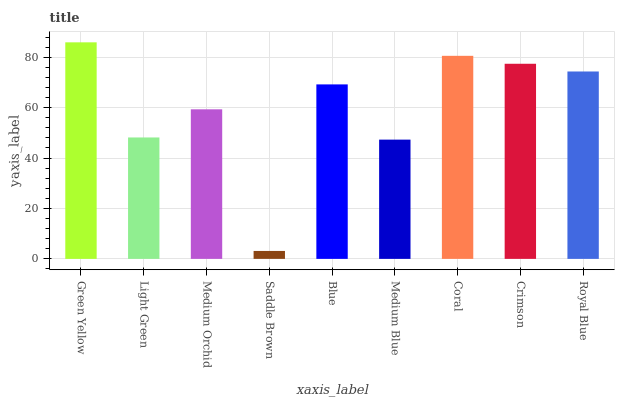
| xaxis_label | bars |
 | --- | --- |
 | Green Yellow | 85.9 |
 | Light Green | 48.2 |
 | Medium Orchid | 59.3 |
 | Saddle Brown | 3.15 |
 | Blue | 69.2 |
 | Medium Blue | 47.3 |
 | Coral | 80.6 |
 | Crimson | 77.4 |
 | Royal Blue | 74.4 |